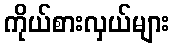
ကိုယ်စားလှယ်များ